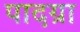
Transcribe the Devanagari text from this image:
पादग्रा